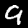
Digit: 9